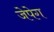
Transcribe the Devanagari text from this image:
जेपेग